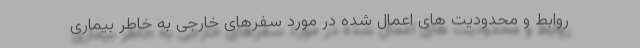
روابط و محدودیت های اعمال شده در مورد سفرهای خارجی به خاطر بیماری